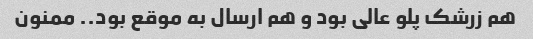
هم زرشک پلو عالی بود و هم ارسال به موقع بود.. ممنون